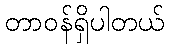
တာဝန်ရှိပါတယ်